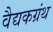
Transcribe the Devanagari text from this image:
वैद्यकग्रंथ